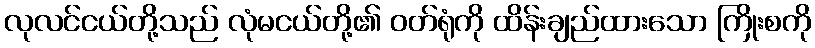
လုလင်ငယ်တို့သည် လုံမငယ်တို့၏ ဝတ်ရုံကို ထိန်းချည်ထားသော ကြိုးစကို